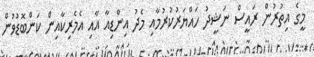
މީގެ އިތުރުން ރައީސް ނަޝީދު ހައްޔަރުކުރުމާއި މެދު އިންޑިއާ އާއި އެމެރިކާއިން ކަންބޮޑުވުން